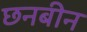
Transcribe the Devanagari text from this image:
छनबीन